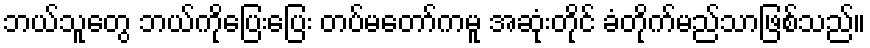
ဘယ်သူတွေ ဘယ်ကိုပြေးပြေး တပ်မတော်ကမူ အဆုံးတိုင် ခံတိုက်မည်သာဖြစ်သည်။